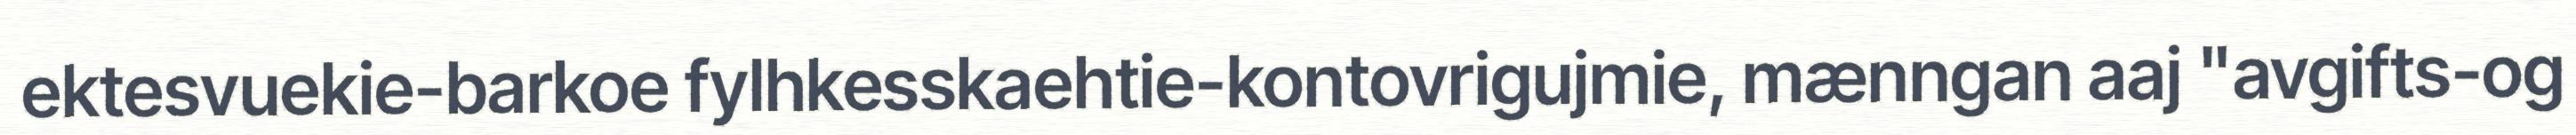
ektesvuekie-barkoe fylhkesskaehtie-kontovrigujmie, mænngan aaj "avgifts-og